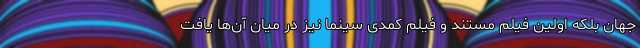
جهان بلکه اولین فیلم مستند و فیلم کمدی سینما نیز در میان آن‌ها یافت